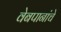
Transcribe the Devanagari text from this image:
वेबपानांचे